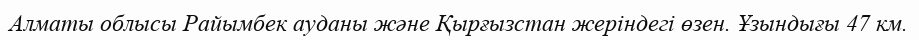
Алматы облысы Райымбек ауданы және Қырғызстан жеріндегі өзен. Ұзындығы 47 км.